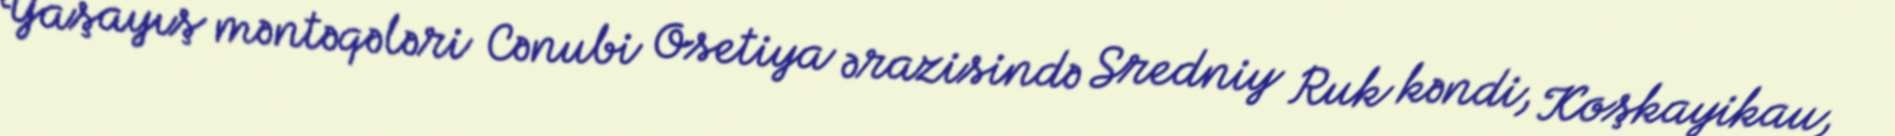
Yaşayış məntəqələri Cənubi Osetiya ərazisində Sredniy Ruk kəndi, Koşkayikau,